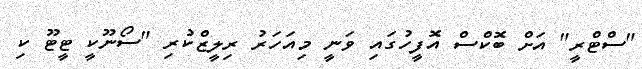
"ސްޓްރީ" އަށް ބޮކްސް އޮފީހުގައި ވަނީ މިއަހަރު ރިލީޒްކުރި "ސޯނޫކީ ޓީޓޫ ކި